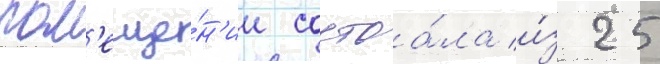
пом'еще́н'ии состоа́ла и́з 25